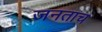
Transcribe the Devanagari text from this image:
जनताच